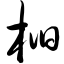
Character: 桕